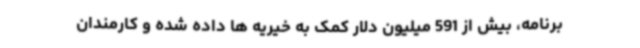
برنامه، بیش از 591 میلیون دلار کمک به خیریه ها داده شده و کارمندان